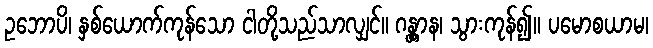
ဥဘောပိ၊ နှစ်ယောက်ကုန်သော ငါတို့သည်သာလျှင်။ ဂန္တွာန၊ သွားကုန်၍။ ပမောစယာမ၊